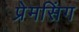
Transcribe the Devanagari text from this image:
प्रेमसिंग